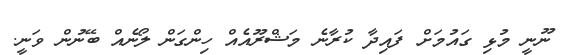
ނޫނީ މުޅި ގައުމަށް ފައިދާ ކުރާނެ މަޝްރޫއެއް ހިންގަން ލޯނެއް ބޭނުން ވަނީ.